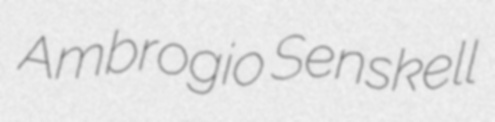
Ambrogio Senskell